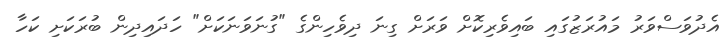
އެދުވަސްވަރު މައުރަޒުގައި ބައިވެރިކޮށް ވަރަށް ގިނަ ދިވެހިންގެ "ގުނަވަނަކަށް" ހަދައިދިން ބުރަކަށި ކަހާ